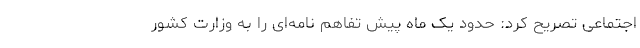
اجتماعی تصریح کرد: حدود یک ماه پیش تفاهم نامه‌ای را به وزارت کشور